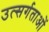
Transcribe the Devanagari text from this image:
उत्सर्गताओं